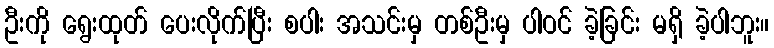
ဦးကို ရွေးထုတ် ပေးလိုက်ပြီး စပါး အသင်းမှ တစ်ဦးမှ ပါဝင် ခဲ့ခြင်း မရှိ ခဲ့ပါဘူး။